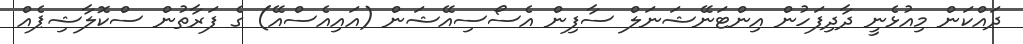
ދައްކަން މިއުޅެނީ ދާދިފަހުން އިންޓަނޭޝަނަލް ސާފިން އެސޯސިއޭޝަން (އައިއެސްއޭ) ގެ ފަރާތުން ސްކޮލާޝިޕެއް